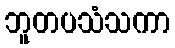
ဘူတပသံသကာ